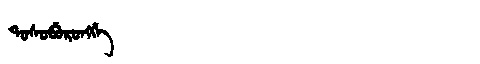
Manchu: ᡨᠣᠰᠣᠪᡠᡵᠣᠩᡤᡝ
Romanization: TOSOBURONGGE